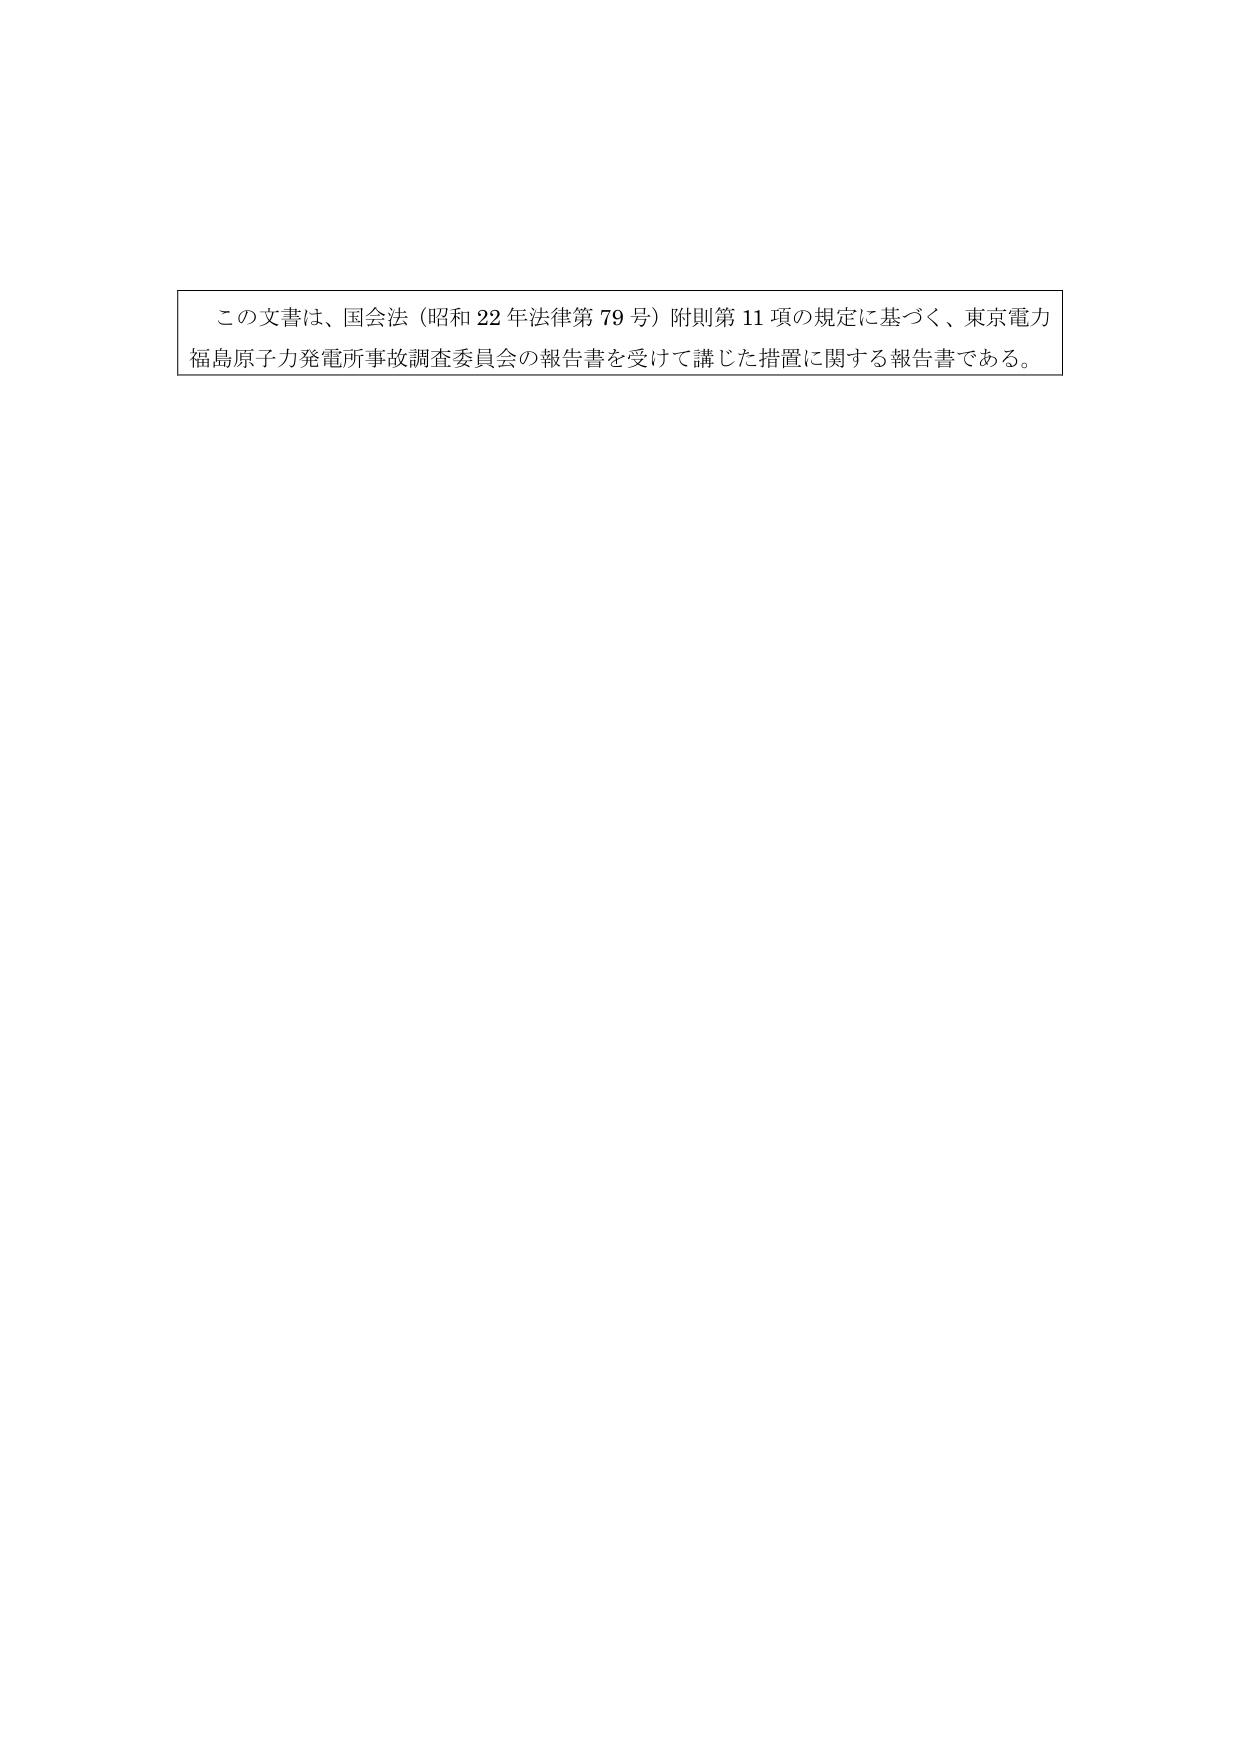
この文書は、国会法（昭和22年法律第79号）附則第11項の規定に基づく、東京電力福島原子力発電所事故調査委員会の報告書を受けて講じた措置に関する報告書である。